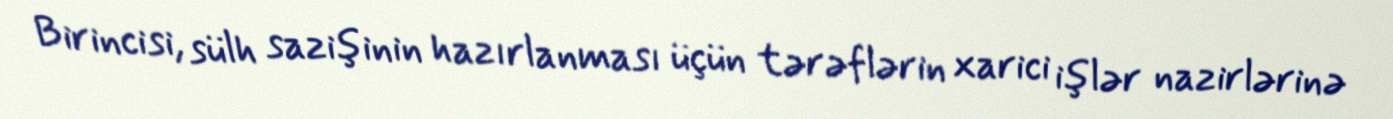
Birincisi, sülh sazişinin hazırlanması üçün tərəflərin xarici işlər nazirlərinə